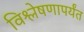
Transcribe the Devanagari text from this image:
विश्लेषणापर्यंत